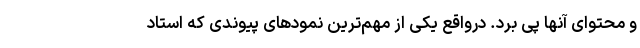
و محتوای آنها پی برد. درواقع یکی از مهم‌ترین نمودهای پیوندی که استاد